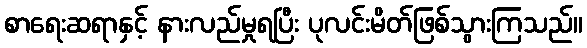
စာရေးဆရာနှင့် နားလည်မှုရပြီး ပုလင်းမိတ်ဖြစ်သွားကြသည်။